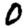
Digit: 0